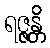
ရဇ္ဇန္တိ